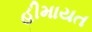
હીમાયત